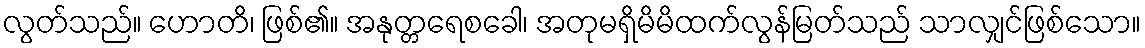
လွတ်သည်။ ဟောတိ၊ ဖြစ်၏။ အနုတ္တရေစခေါ၊ အတုမရှိမိမိထက်လွန်မြတ်သည် သာလျှင်ဖြစ်သော။